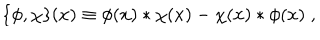
\{ \phi , \chi \} ( x ) \equiv \phi ( x ) * \chi ( x ) - \chi ( x ) * \phi ( x ) \; ,